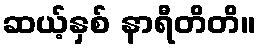
ဆယ့်နှစ် နာရီတိတိ။